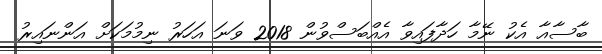
ބާސާއާ އެކު ނޭމާ ހަދާފައިވާ އެއްބަސްވުން 2018 ވަނަ އަހަރު ނިމުމަކަށް އަންނައިރު